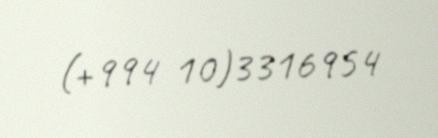
(+994 10)3316954